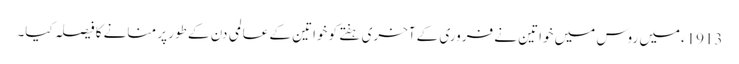
1913ءمیں روس میں خواتین نے فروری کے آخری ہفتے کو خواتین کے عالمی دن کے طور پر منانے کا فیصلہ کیا۔